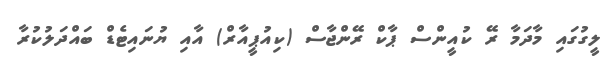
ލީގުގައި މާދަމާ ރޭ ކުއީންސް ޕާކް ރޭންޖާސް (ކިއުޕީއާރް) އާއި ޔުނައިޓެޑް ބައްދަލުކުރާ